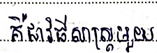
គឺជាវិធីសាស្ត្រមួយ